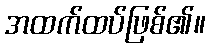
အထက်ထပ်ဖြစ်၏။